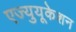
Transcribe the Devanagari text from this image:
एज्युयूकेशन